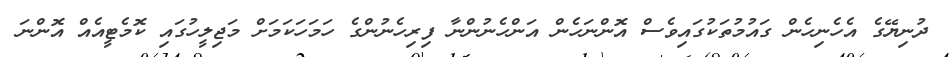
ދުނިޔޭގެ އެހެނިހެން ގައުމުތަކުގައިވެސް އޮންނަހެން އަންހެނުންނާ ފިރިހެނުންގެ ހަމަހަކަމަށް މަޖިލީހުގައި ކޮމެޓީއެއް އޮންނަ